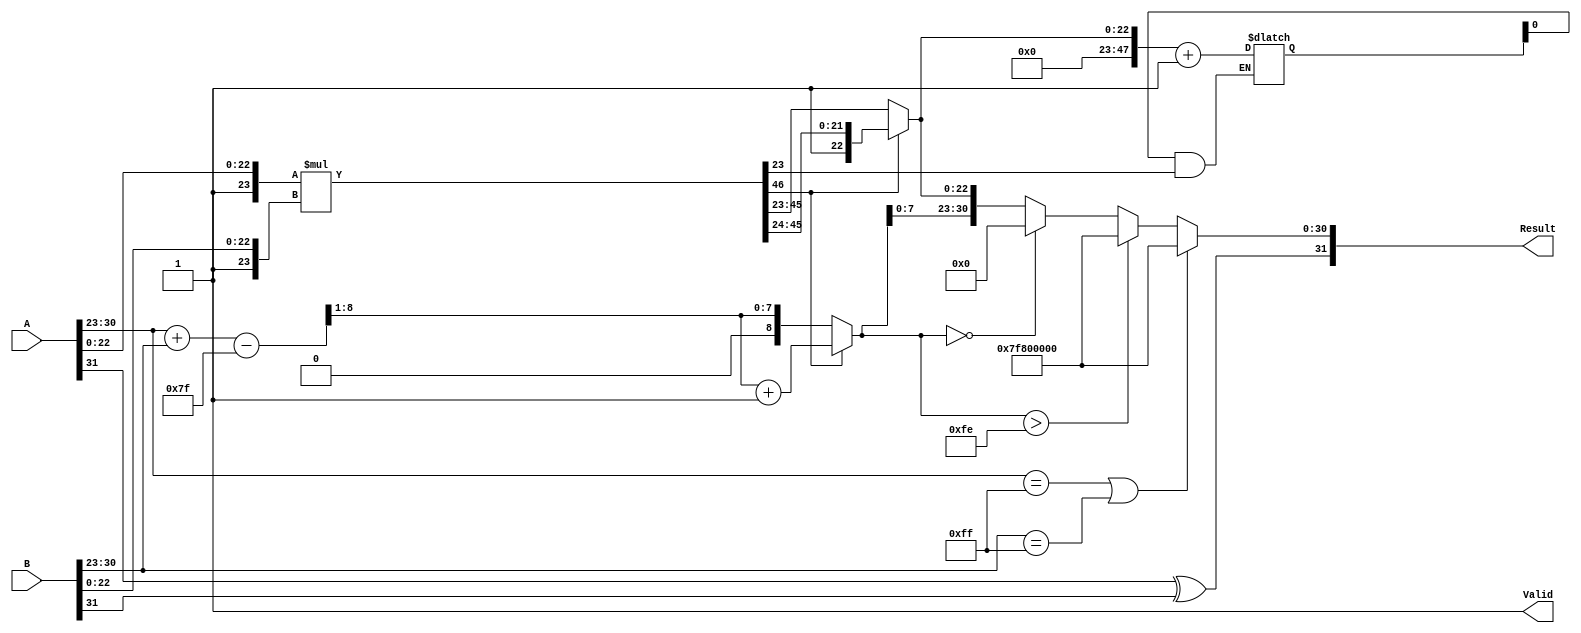
module float_multiplier (
    input  wire [31:0] A,          // Input A (32-bit floating-point)
    input  wire [31:0] B,          // Input B (32-bit floating-point)
    output reg  [31:0] Result,     // Output Result (32-bit floating-point)
    output reg  Valid               // Output Valid signal
);
    // Constants
    localparam BIAS = 127;
    localparam EXPONENT_BITS = 8;
    localparam MANTISSA_BITS = 23;

    // Intermediate signals
    wire signA = A[31];
    wire signB = B[31];
    wire [EXPONENT_BITS-1:0] expA = A[30:23];
    wire [EXPONENT_BITS-1:0] expB = B[30:23];
    wire [MANTISSA_BITS-1:0] mantA = A[22:0];
    wire [MANTISSA_BITS-1:0] mantB = B[22:0];

    wire [MANTISSA_BITS+1:0] mantA_norm = {1'b1, mantA}; // Normalize mantissa A
    wire [MANTISSA_BITS+1:0] mantB_norm = {1'b1, mantB}; // Normalize mantissa B
    wire [47:0] mant_product = mantA_norm * mantB_norm; // Multiply mantissas

    // Sign calculation
    wire sign_result = signA ^ signB;

    // Exponent calculation
    wire [EXPONENT_BITS:0] exp_sum = {1'b0, expA} + {1'b0, expB} - BIAS; // Add exponents and adjust for bias
    wire [EXPONENT_BITS-1:0] exp_result = exp_sum[EXPONENT_BITS:1] + BIAS; // Reapply bias

    // Mantissa normalization
    reg [47:0] mantissa_final;
    reg [EXPONENT_BITS:0] final_exponent;
    always @(*) begin
        if (mant_product[46]) begin
            mantissa_final = mant_product[46:24]; // Shift right if leading bit is 1
            final_exponent = exp_sum[EXPONENT_BITS:1] + 1; // Increment exponent
        end else begin
            mantissa_final = mant_product[45:23]; // Take the 23 bits directly
            final_exponent = exp_sum[EXPONENT_BITS:1]; // No increment
        end
    end

    // Final rounding (round to nearest even)
    reg round_bit;
    always @(*) begin
        round_bit = mant_product[23]; // Determine round bit
        if (mantissa_final[0] && round_bit) begin
            mantissa_final = mantissa_final + 1; // Round up if round bit is set
        end
    end

    // Assemble final result
    always @(*) begin
        if ((expA == 8'hFF) || (expB == 8'hFF)) begin // Handle special cases: NaN, Inf
            Result = {sign_result, 8'hFF, 23'b0}; // For simplicity, return Inf
            Valid = 1'b1;
        end else begin
            // Check for overflow/underflow
            if (final_exponent > 8'hFE) begin
                Result = {sign_result, 8'hFF, 23'b0}; // Overflow to Inf
                Valid = 1'b1;
            end else if (final_exponent == 0) begin
                Result = {sign_result, 8'b0, 23'b0}; // Result is zero
                Valid = 1'b1;
            end else begin
                Result = {sign_result, final_exponent[EXPONENT_BITS-1:0], mantissa_final[22:0]};
                Valid = 1'b1;
            end
        end
    end
endmodule